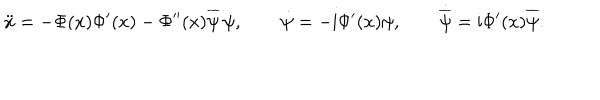
\ddot { x } = - \Phi ( x ) \Phi ^ { \prime } ( x ) - \Phi ^ { \prime \prime } ( x ) \overline { { { \psi } } } \, \psi , \qquad \dot { \psi } = - \mathrm { i } \Phi ^ { \prime } ( x ) \psi , \qquad \dot { \overline { { { \psi } } } } = \mathrm { i } \Phi ^ { \prime } ( x ) \overline { { { \psi } } } .